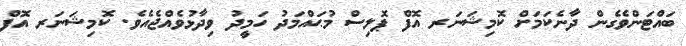
ބައްޓަންވެގެން ދާނެކަމަށް ކޮމިޝަނަރ އޮފް ޕޮލިސް މުޙައްމަދު ހަމީދު ވިދާޅުވެއްޖެއެވެ. ކޮމިޝަނަރ އޮފް